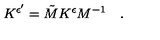
K ^ { \epsilon ^ { \prime } } = \tilde { M } K ^ { \epsilon } M ^ { - 1 } \quad .